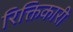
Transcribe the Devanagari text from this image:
रिक्तिकारी